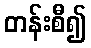
တန်းစီ၍